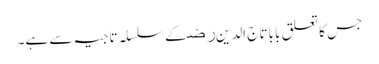
جس کا تعلق بابا تاج الدین ﺭﺿ کے سلسلہ تاجیہ سے ہے۔